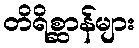
တိရိစ္ဆာန်များ